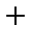
+